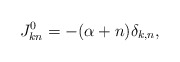
\begin{align*}J^{0}_{kn}=-(\alpha+n)\delta_{k,n},\end{align*}